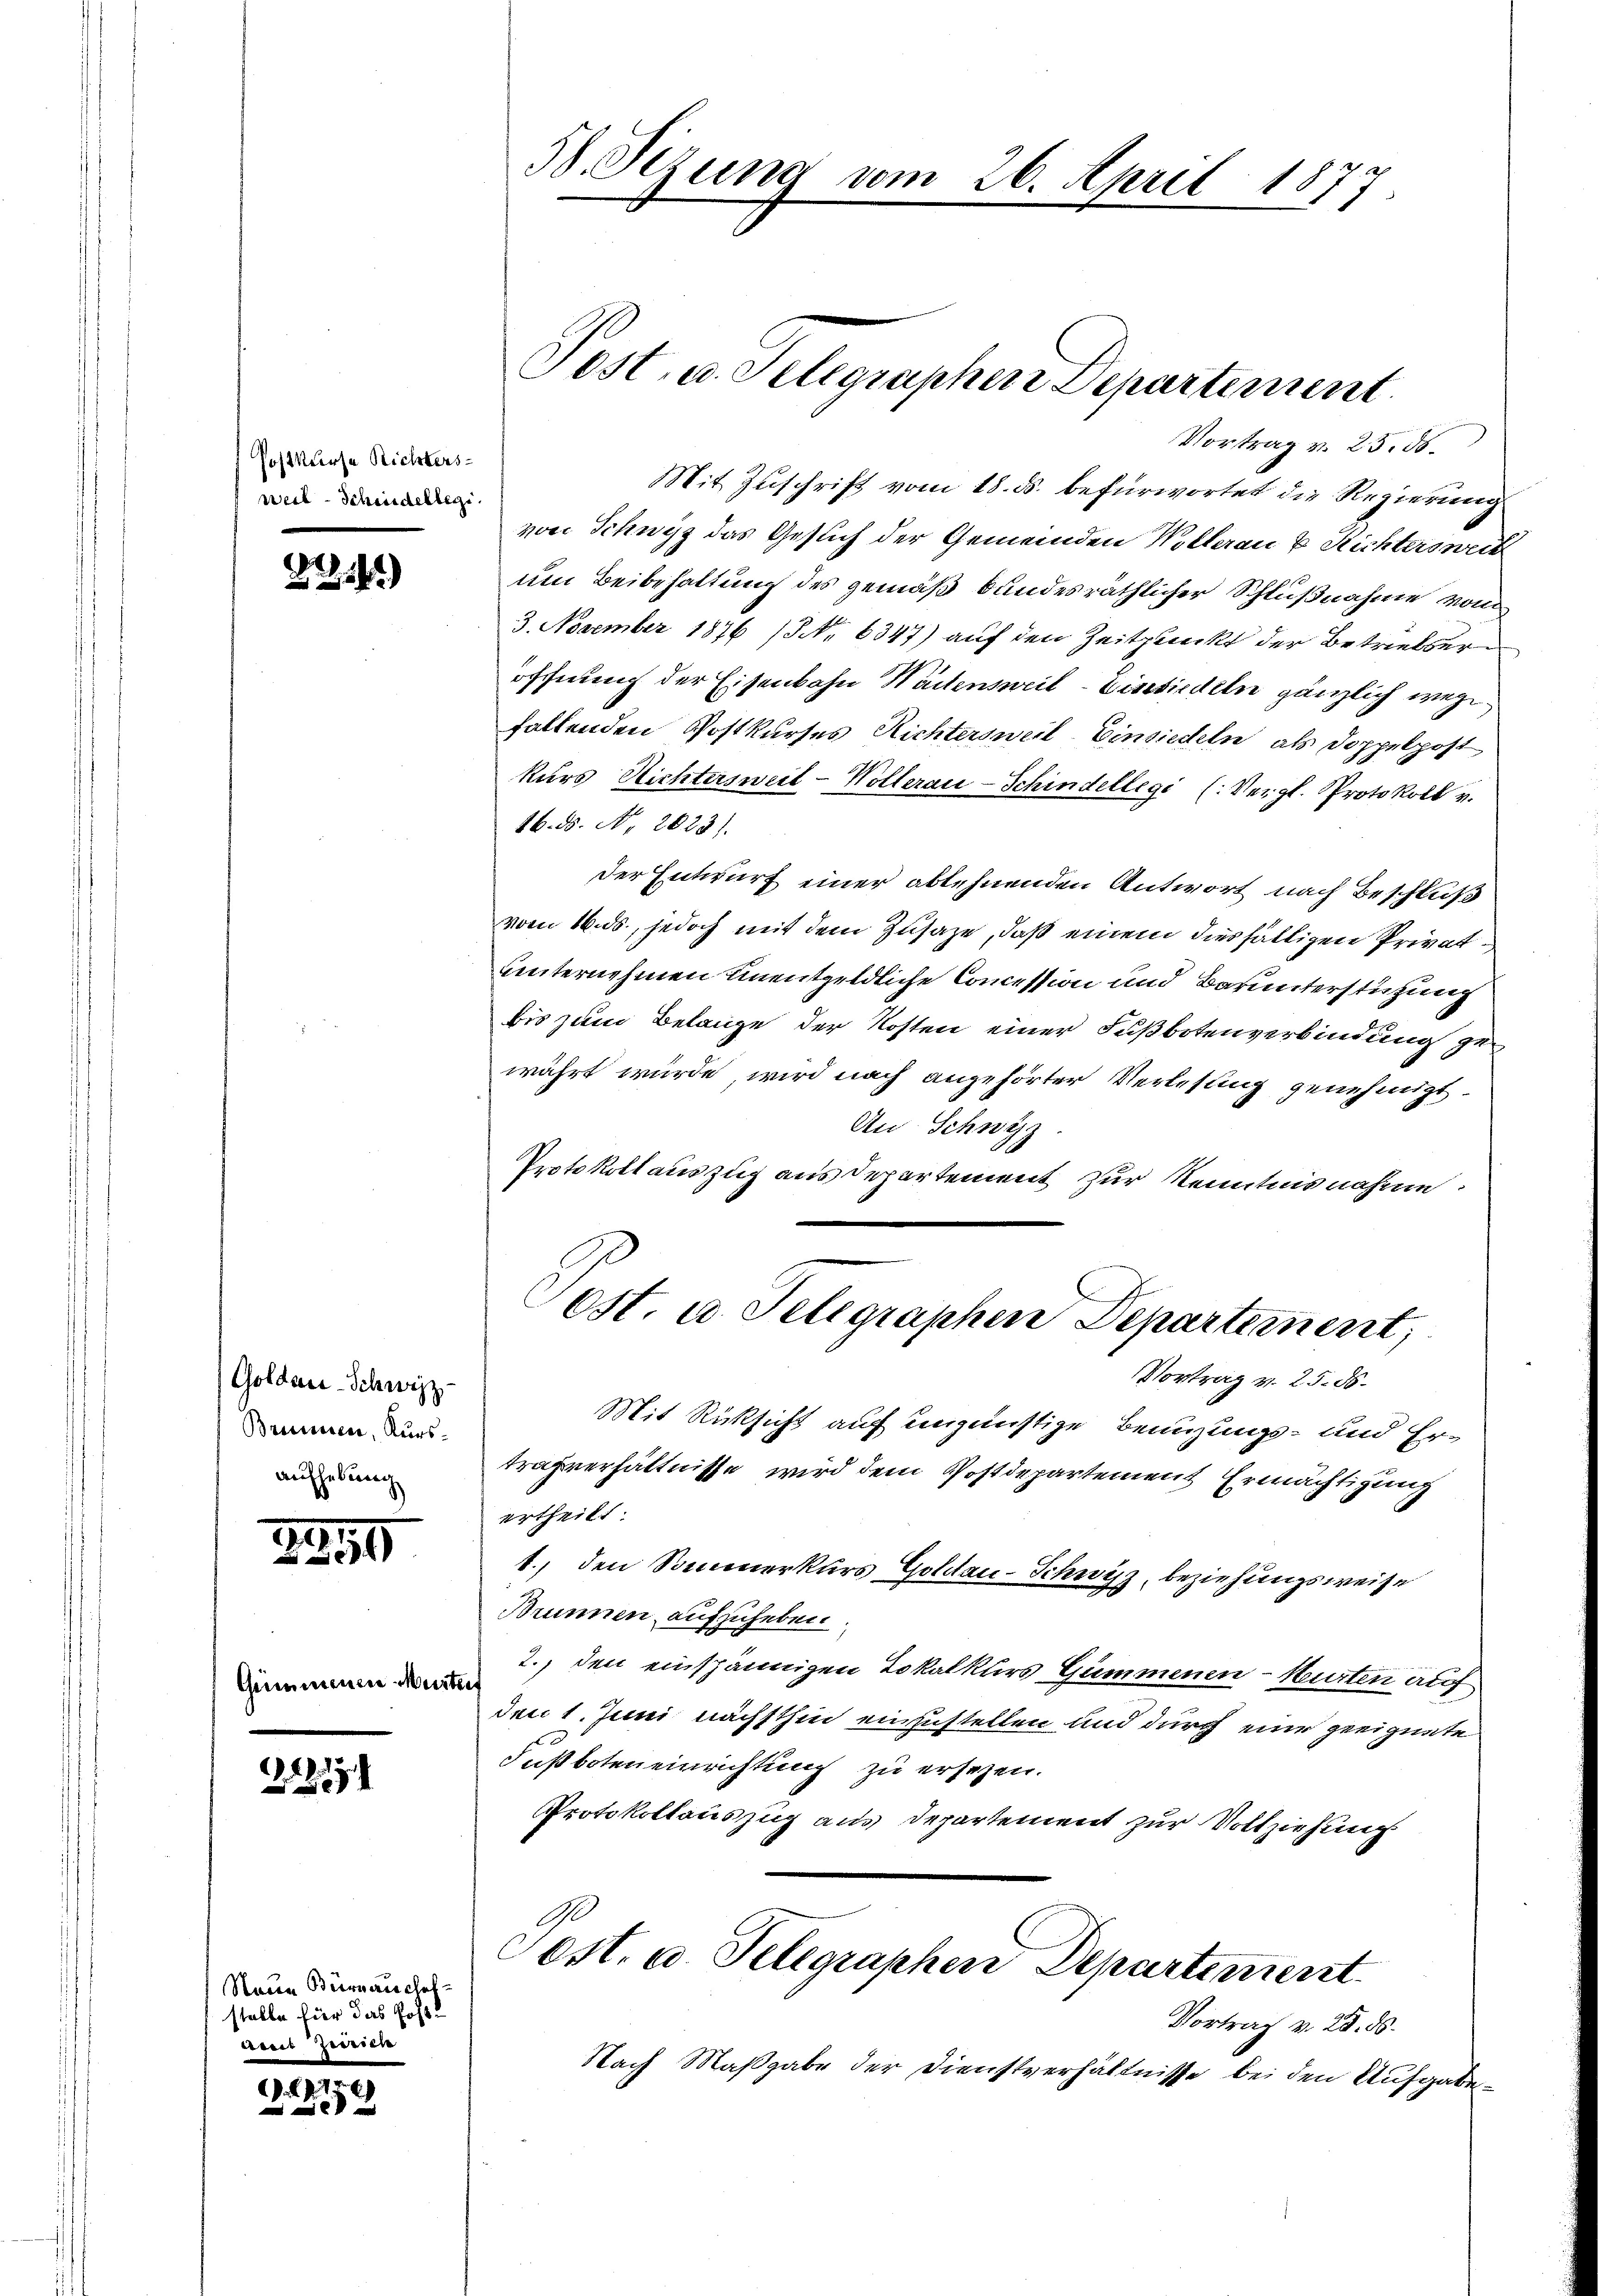
Postkurse Richters
weil - Schiedellegi

2141)

Goldau-Schwyz
Brennen, Kurs-
aufhebung

20
94)

Gemeinenen Mer

1219

Neue Büreauschaf
stelle hier das Posteseit Jederen

.14)

58. Sezung vom 26. April 1877.

Jost, u. Selegrapherr Departement

Vortrag v. 25. d.
Mit Zuschrift vom 18. ds. befürwortet die Regierung
von Schwyz das Gesuch der Gemeinden Willerau u. Richtersweis
um Beibehaltung des gemäß bundesräthlicher Schlußnahme vom
3. November 1876 /3 No 6347) auf den Zeitpunkt der Betrieberöffnung der Eisenbahn Waisensweil–Einsiedeln gänzlich wege
fallenden Postkurses Richtersweil Einsiedeln, als Doppelpost
kurs Nichtersweil-Wollerau-Schindellegi (Vergl. Protokoll v.
46. 5. No. 2023).
der Entwurf einer ablehnenden Antwort nach Beschluß
vom 16. ds., jedoch mit dem Zusage, daß einem diesfälligen Privat¬
Unternehmen unentgeldliche Concession und Barunterstüzung
bis zum Belange der Kosten einer Fußbotenverbindung gewährt würde, wird nach angehörter Verlesung genehmigt.
An Schwyz
Protokollauszug aus Departement zur Kenntnisnahme
Ost. u. Telegraphen Departement,
Vortrag v. 25. 85.
Mit Rücksicht auf eingünstige Benuzungs- und Ertrafverhältnisse, wird dem Postdepartement Ermächtigung
ertheilt.
1., den Sommerkurs Goldau-Schwyz, beziehungsweise
Brunnen aufzuheben.
2., den einspännigen Lokalkurs Gummenen - Hurten auf
den 1. Juni nächsthin einzustellen und durch eine geeignete
Fußboteneinrichtung zu ersetzen.
Protokollauszug aus Departement zur Vollziehung
Pest. u. Telegraphen Departement
Vortrag v. 28. ds.
Nach Maßgabe der Dienstverhältnisse bei den Aufgabe¬